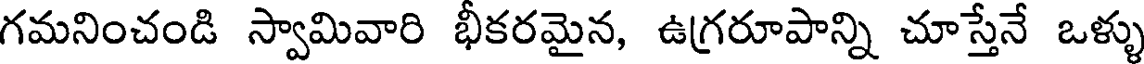
గమనించండి స్వామివారి భీకరమైన, ఉగ్రరూపాన్ని చూస్తేనే ఒళ్ళు